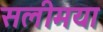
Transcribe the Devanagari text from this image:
सलीमया